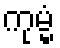
ကုမ္မံ